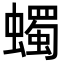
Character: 蠋